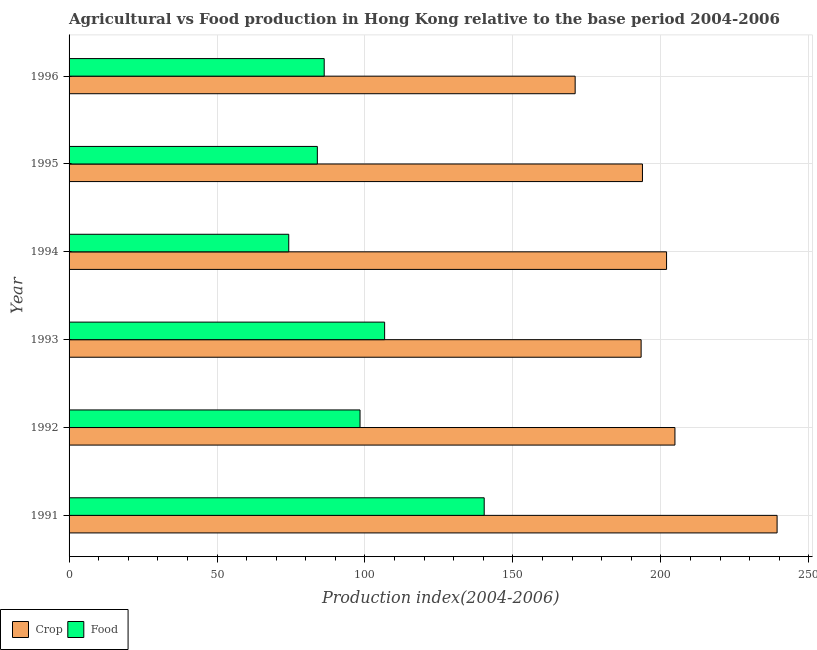
| Year | Crop | Food |
 | --- | --- | --- |
 | 1991 | 239 | 140 |
 | 1992 | 205 | 98.3 |
 | 1993 | 193 | 107 |
 | 1994 | 202 | 74.2 |
 | 1995 | 194 | 83.9 |
 | 1996 | 171 | 86.2 |